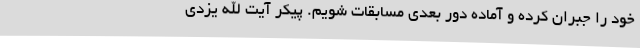
خود را جبران کرده و آماده دور بعدی مسابقات شویم. پیکر آیت الله یزدی